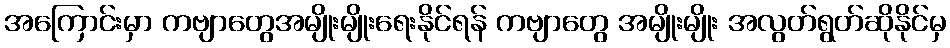
အကြောင်းမှာ ကဗျာတွေအမျိုးမျိုးရေးနိုင်ရန် ကဗျာတွေ အမျိုးမျိုး အလွတ်ရွတ်ဆိုနိုင်မှ